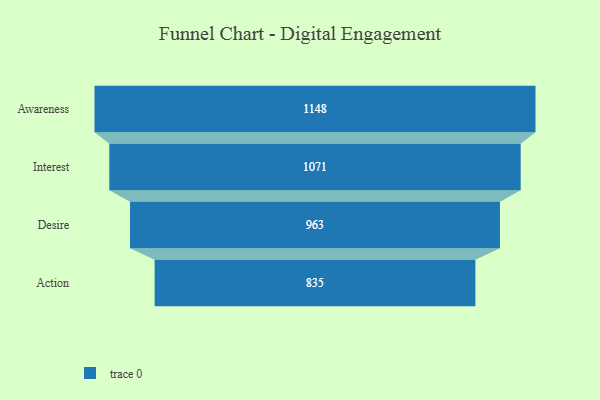
{"axis": {"x": "Stage", "y": "Value"}, "legend": [""], "data": [{"x": "Awareness", "y": 1148.0, "type": ""}, {"x": "Interest", "y": 1071.0, "type": ""}, {"x": "Desire", "y": 963.0, "type": ""}, {"x": "Action", "y": 835.0, "type": ""}]}